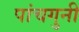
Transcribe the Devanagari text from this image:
पांचगुनी